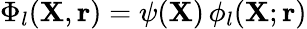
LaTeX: \Phi_{l}({\mathbf{X}},{\mathbf{r}})=\psi({\mathbf{X}})\, \phi_{l}({\mathbf{X}};{\mathbf{r}})